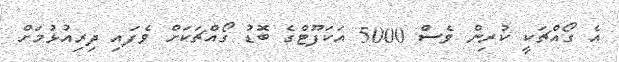
އެ ގޯއްޗަކީ ކުރިން ވެސް 5000 އަކަފޫޓްގެ ބޮޑު ގޯއްޗަކަށް ވެފައި ދިރިއުޅުމަށް